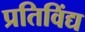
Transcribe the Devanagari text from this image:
प्रतिविंद्य